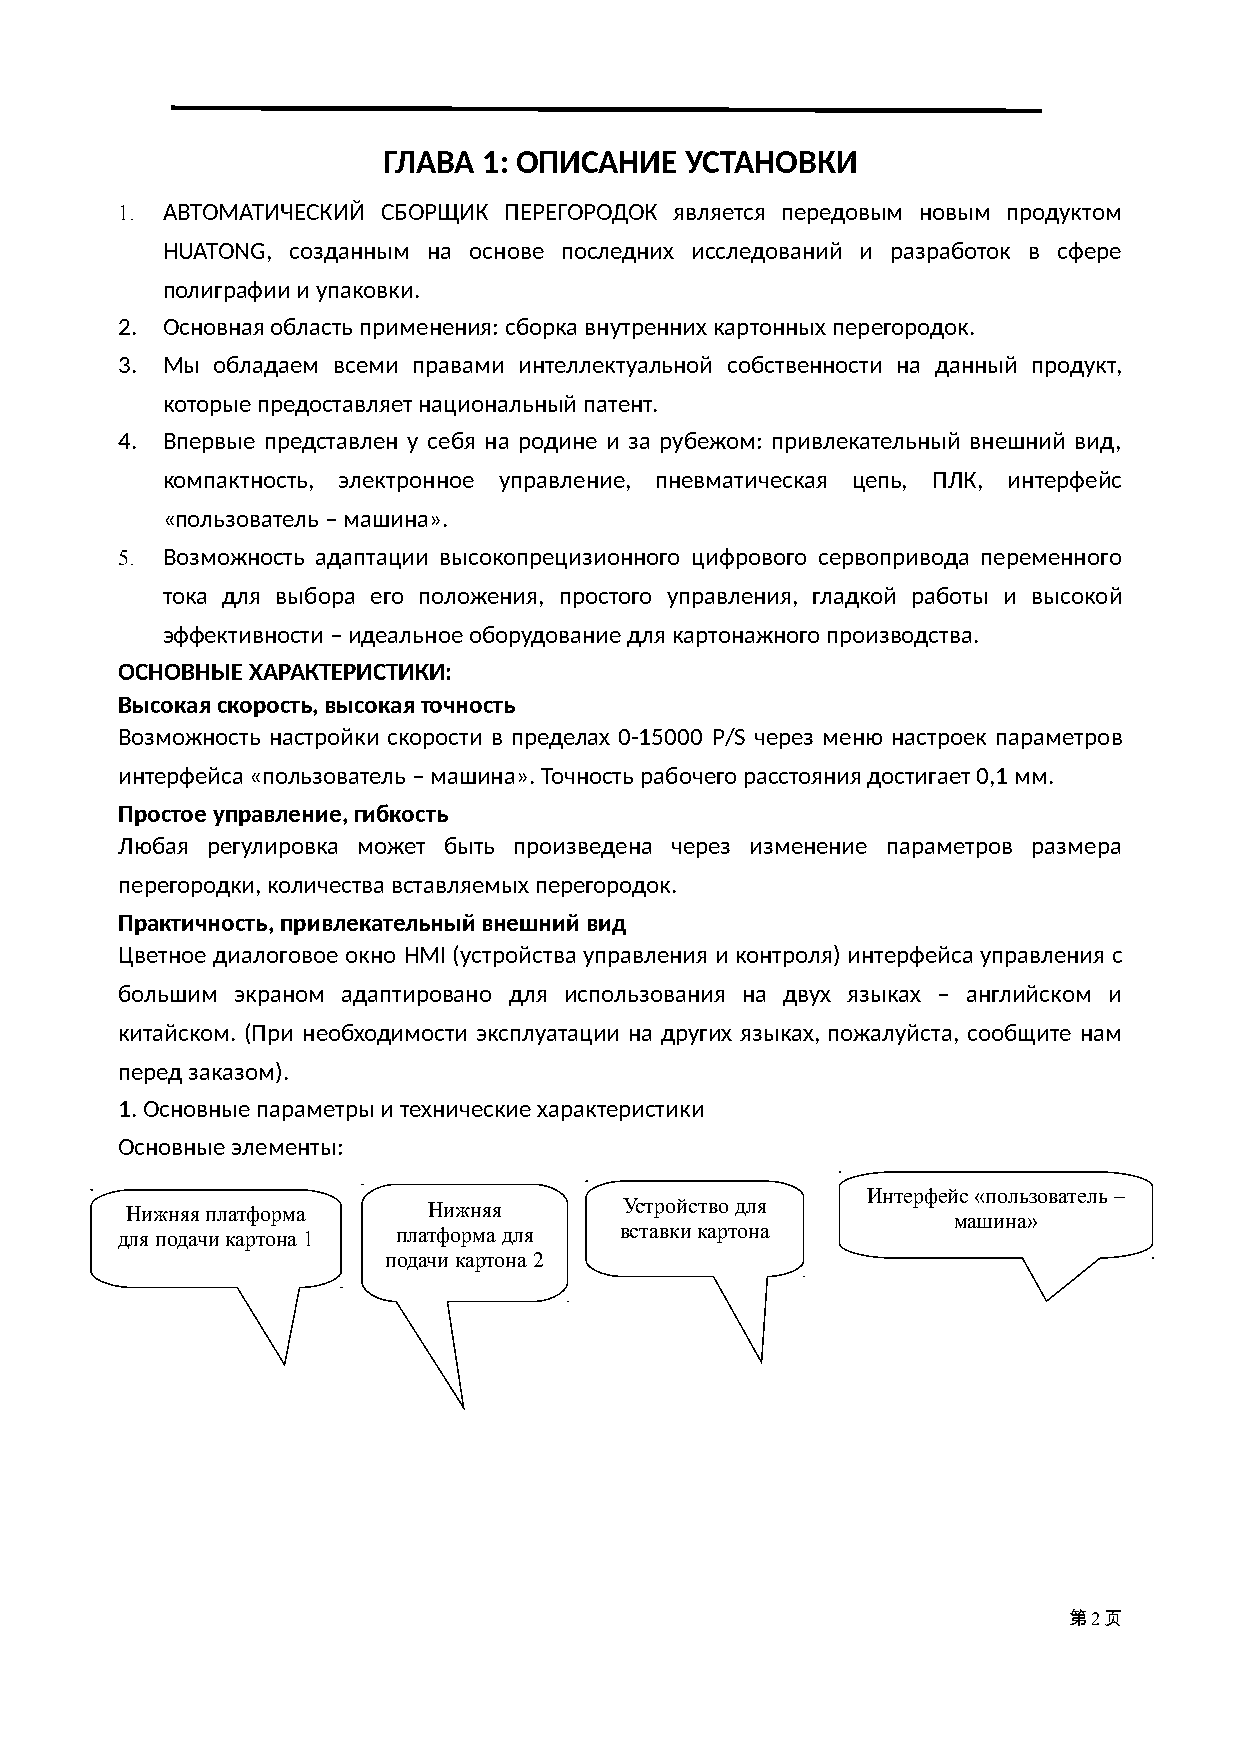
ГЛАВА  1: ОПИСАНИЕ  УСТАНОВКИ
 1. АВТОМАТИЧЕСКИЙ СБОРЩИК ПЕРЕГОРОДОК является передовым новым продуктом
 HUATONG, созданным на основе последних исследований и разработок в сфере
 полиграфии и упаковки.
 2. Основная область применения: сборка внутренних картонных перегородок.
 3. Мы обладаем всеми правами интеллектуальной собственности на данный продукт,
 которые предоставляет национальный патент.
 4. Впервые представлен у себя на родине и за рубежом: привлекательный внешний вид,
 компактность, электронное управление, пневматическая цепь, ПЛК, интерфейс
 «пользователь – машина».
 5. Возможность адаптации высокопрецизионного цифрового сервопривода переменного
 тока для выбора его положения, простого управления, гладкой работы и высокой
 эффективности – идеальное оборудование для картонажного производства.
 ОСНОВНЫЕ ХАРАКТЕРИСТИКИ:
 Высокая скорость, высокая точность
 Возможность настройки скорости в пределах 0-15000 P/S через меню настроек параметров
 интерфейса «пользователь – машина». Точность рабочего расстояния достигает 0,1 мм.
 Простое управление, гибкость
 Любая регулировка может быть произведена через изменение параметров размера
 перегородки, количества вставляемых перегородок.
 Практичность, привлекательный внешний вид
 Цветное диалоговое окно HMI (устройства управления и контроля) интерфейса управления с
 большим экраном адаптировано для использования на двух языках – английском и
 китайском. (При необходимости эксплуатации на других языках, пожалуйста, сообщите нам
 перед заказом).
 1. Основные параметры и технические характеристики
 Основные элементы:
 Интерфейс «пользователь –
 Нижняя платформа    Нижняя       Устройство для
 машина»
 для подачи картона 1 платформа для вставки картона
 подачи картона 2
 第2页